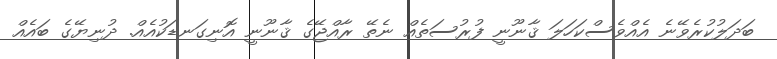
ބަދަލުކުރެވޭނެ އެއްވެސްކަހަލަ ޤާނޫނީ ފުރުސަތެއް ނެތޭ ރާއްޖޭގެ ޤާނޫނީ އޮނިގަނޑަކުއެއް. ދުނިޔޭގެ ބައެއް